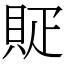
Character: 䝪